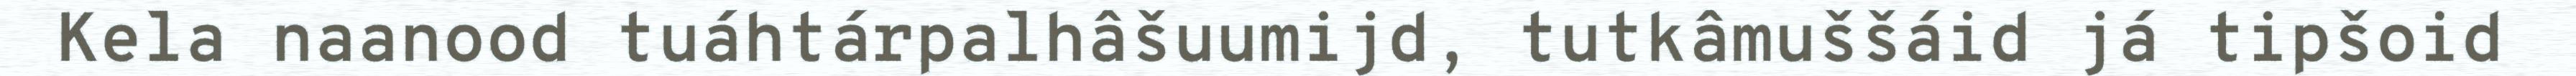
Kela naanood tuáhtárpalhâšuumijd, tutkâmuššáid já tipšoid